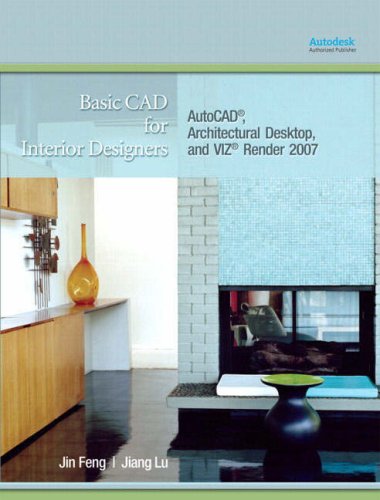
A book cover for Basic CAD for Interior Designers: AutoCAD, Architectural Desktop, and VIZ Render 2007; Jin Feng; Computers & Technology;